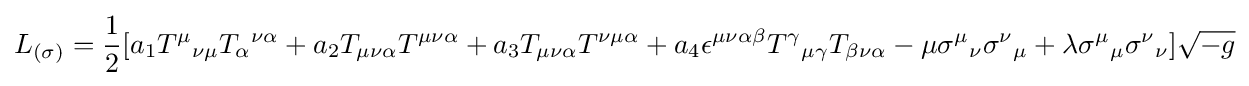
L_{(\sigma )}={\frac {1}{2}}[a_{1}T^{\mu }{}_{\nu \mu }T_{\alpha }{}^{\nu \alpha }+a_{2}T_{\mu \nu \alpha }T^{\mu \nu \alpha }+a_{3}T_{\mu \nu \alpha }T^{\nu \mu \alpha }+a_{4}\epsilon ^{\mu \nu \alpha \beta }T^{\gamma }{}_{\mu \gamma }T_{\beta \nu \alpha }-\mu \sigma ^{\mu }{}_{\nu }\sigma ^{\nu }{}_{\mu }+\lambda \sigma ^{\mu }{}_{\mu }\sigma ^{\nu }{}_{\nu }]{\sqrt {-g}}